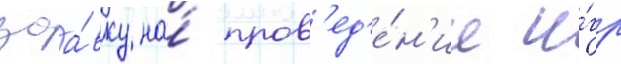
заа́вку на́ пров'ед'е́н'ие и́гр